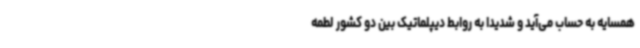
همسایه به حساب می‌آید و شدیداً به روابط دیپلماتیک بین دو کشور لطمه